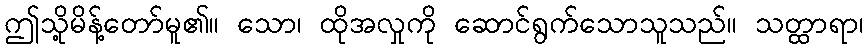
ဤသို့မိန့်တော်မူ၏။ သော၊ ထိုအလှုကို ဆောင်ရွက်သောသူသည်။ သတ္ထာရာ၊